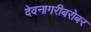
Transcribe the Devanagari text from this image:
देवनागरीबरोबर